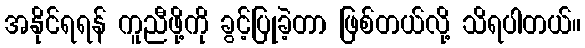
အနိုင်ရရန် ကူညီဖို့ကို ခွင့်ပြုခဲ့တာ ဖြစ်တယ်လို့ သိရပါတယ်။